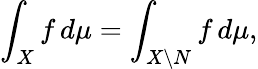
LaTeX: \int_{X}f\, d\mu=\int_{X\setminus N}f\, d\mu,